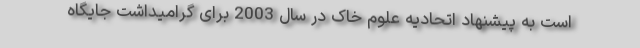
است به پیشنهاد اتحادیه علوم خاک در سال 2003 برای گرامیداشت جایگاه